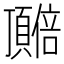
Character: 𬱎